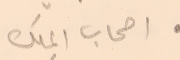
●اصحاب الملك